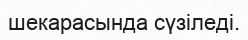
шекарасында сүзіледі.